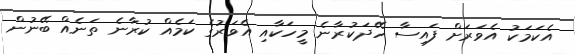
އެކަމަކު އެވަރަށް ފައިސާ ހޭދަކުރާނެ މީހަކާއި އެވަރުގެ ކަމެއް ކުރާނެ ތަނެއް ބޭނުން